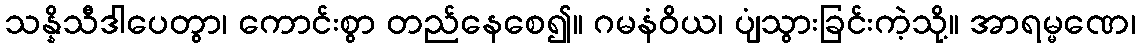
သန္နိသီဒါပေတွာ၊ ကောင်းစွာ တည်နေစေ၍။ ဂမနံဝိယ၊ ပျံသွားခြင်းကဲ့သို့။ အာရမ္မဏေ၊